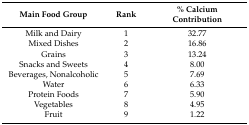
| Main Food Group | Rank | % Calcium Contribution |
 | --- | --- | --- |
 | Milk and Dairy | 1 | 32.77 |
 | Mixed Dishes | 2 | 16.86 |
 | Grains | 3 | 13.24 |
 | Snacks and Sweets | 4 | 8.00 |
 | Beverages, Nonalcoholic | 5 | 7.69 |
 | Water | 6 | 6.33 |
 | Protein Foods | 7 | 5.90 |
 | Vegetables | 8 | 4.95 |
 | Fruit | 9 | 1.22 |